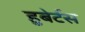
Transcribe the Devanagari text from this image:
हुबेर्टस